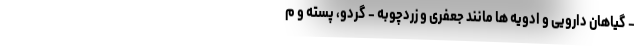
- گیاهان دارویی و ادویه ها مانند جعفری و زردچوبه - گردو، پسته و م